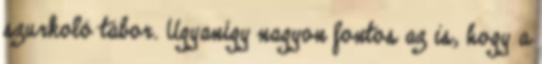
szurkoló tábor. Ugyanígy nagyon fontos az is, hogy a